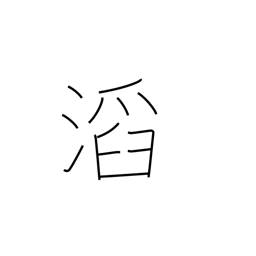
Meaning: overflowing